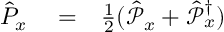
\begin{array} { r l r } { \hat { P } _ { x } } & { { } = } & { \frac { 1 } { 2 } ( \hat { \mathcal P } _ { x } + \hat { \mathcal P } _ { x } ^ { \dagger } ) } \end{array}